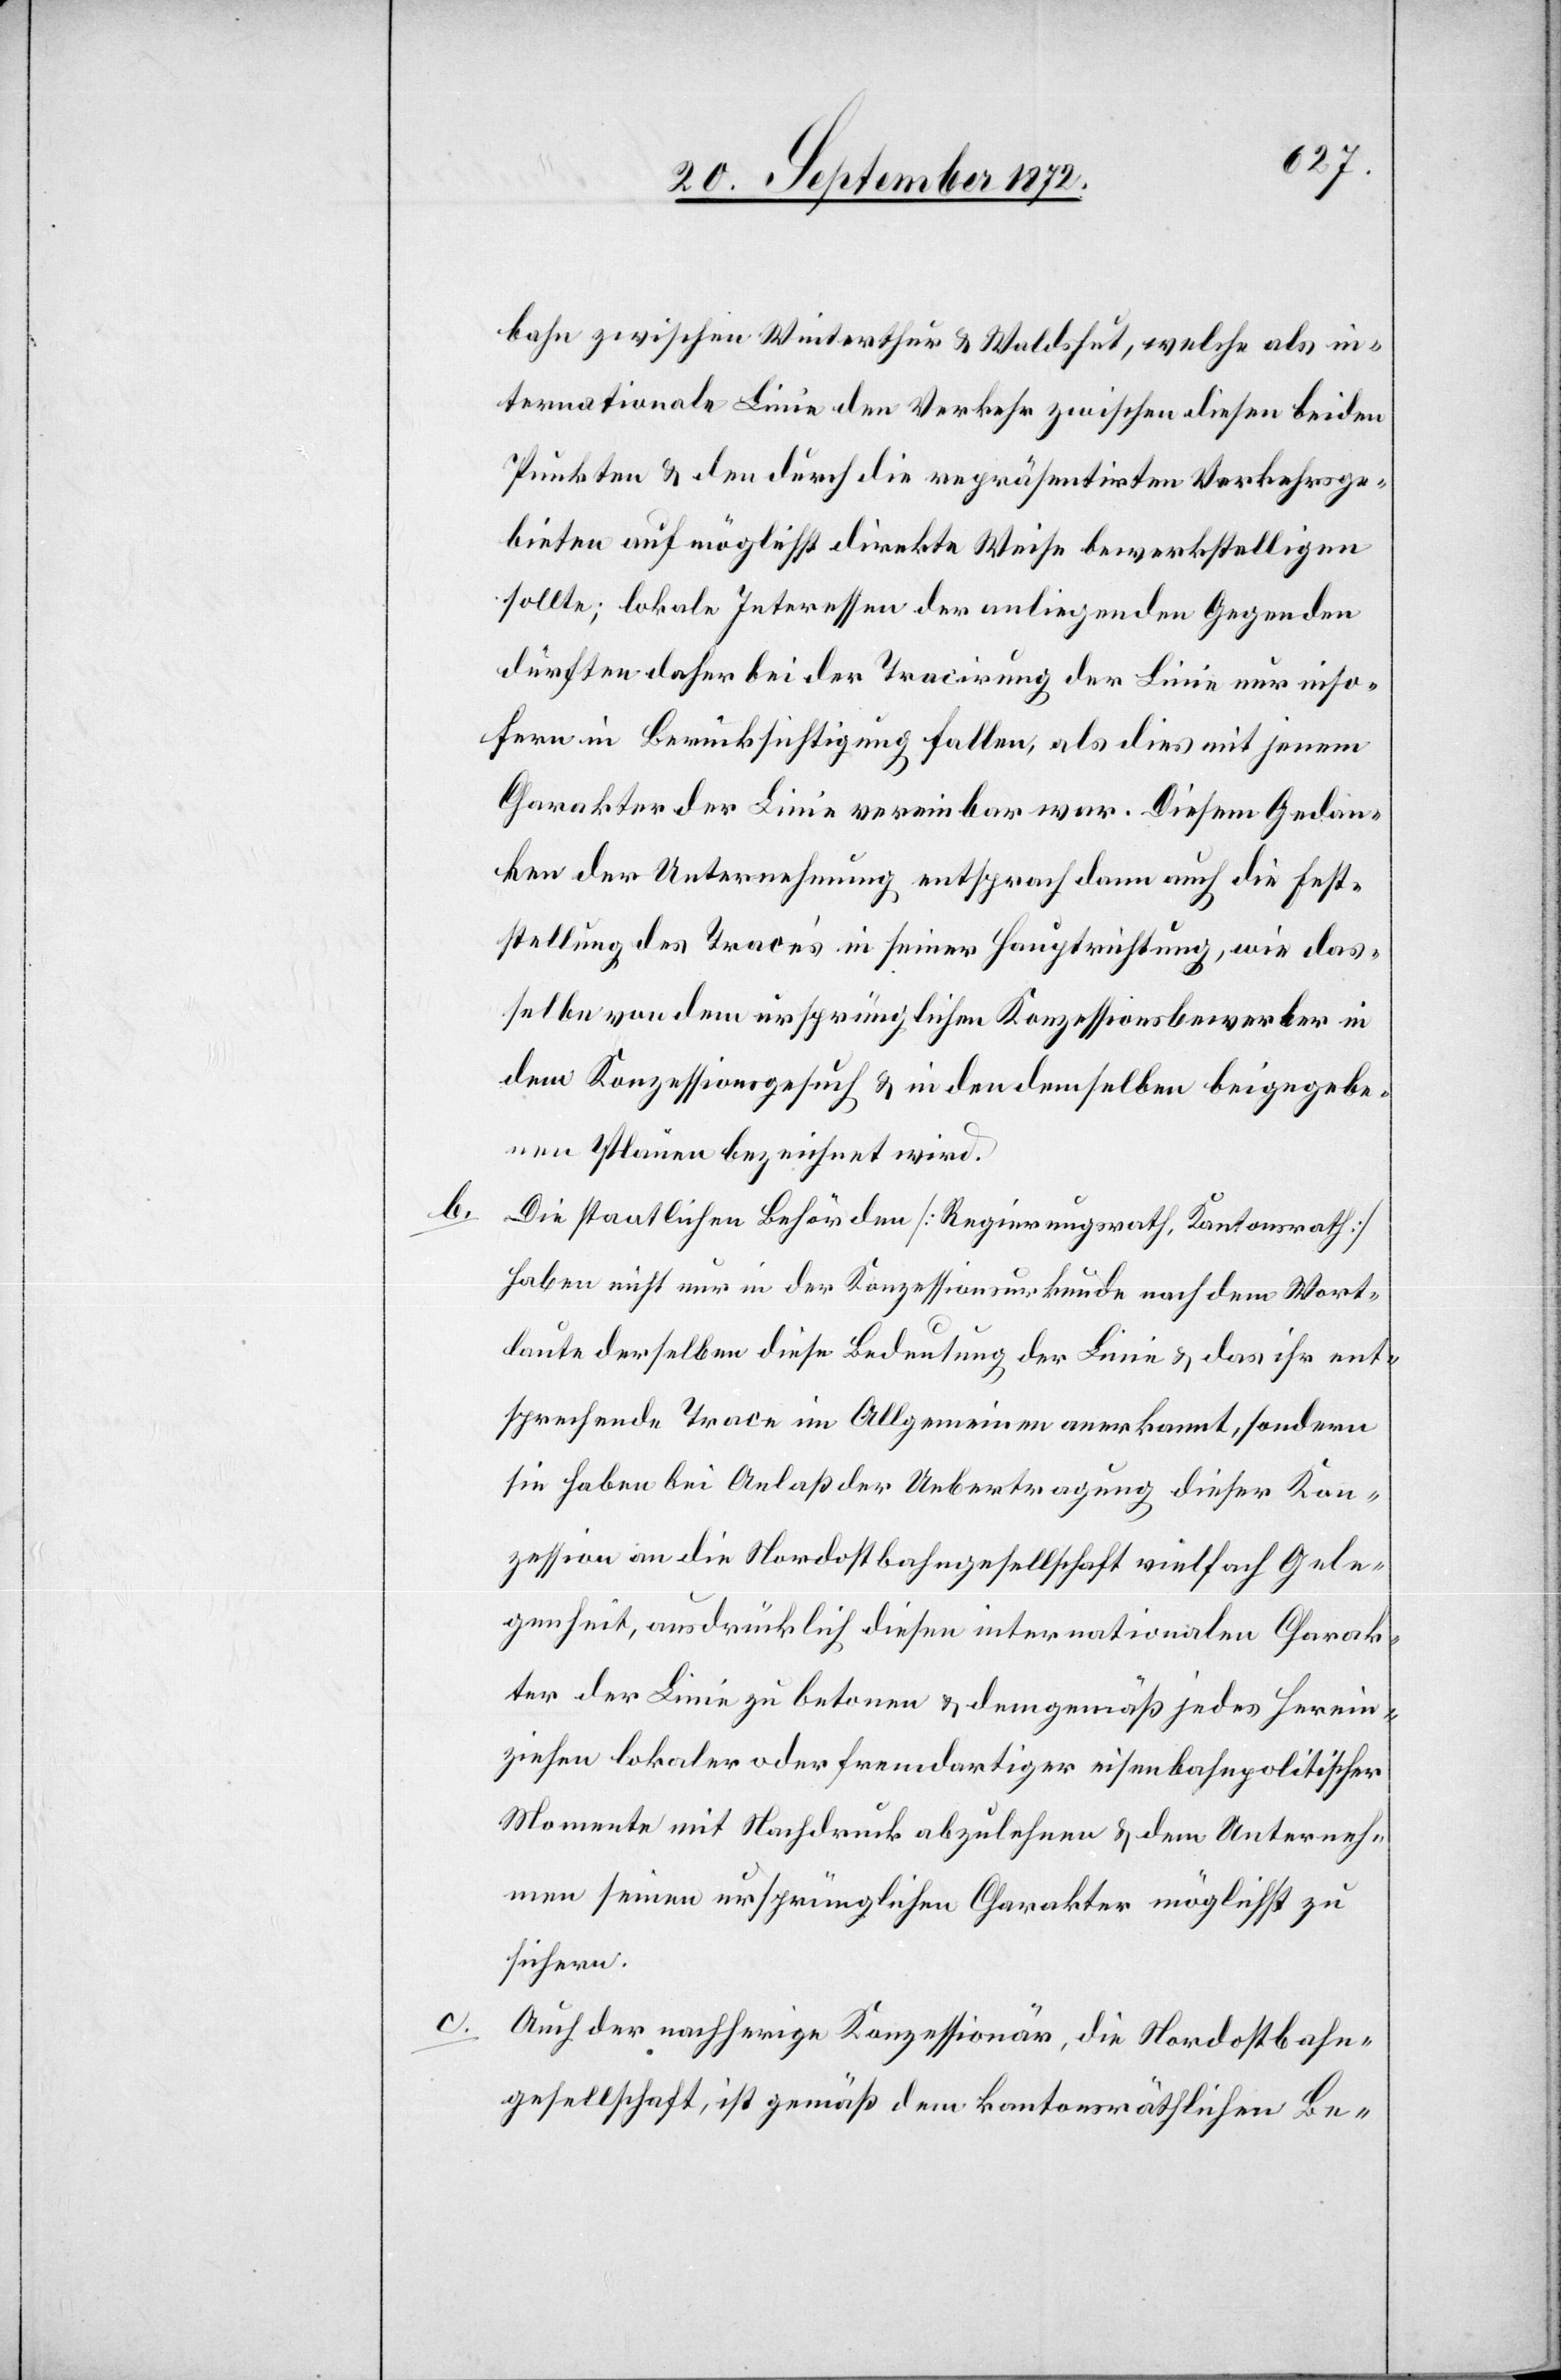
b.

bahn zwischen Winterthur u. Waldshut, welche als in¬
ternationale Linie den Verkehr zwischen diesen beiden
Punkten u. den durch die repräsentirter Verkehrsge¬
bieten auf möglichst direkte Weise bewerkstelligen
sollte; lokale Interessen der anliegenden Gegenden
dürften daher bei der Tracirung der Linie nur inso¬
fern in Berücksichtigung fallen, als dies mit jenem
Charakter der Linie vereinbar war. Diesem Gedan¬
ken der Unternehmung entsprach dann auch die Fest¬
stellung des Tracé’s in seiner Hauptrichtung wie das¬
selbe von dem ursprünglichen Konzessionsbewerber in
dem Konzessionsgesuch u. in den demselben beigegebe¬
nen Plänen bezeichnet wird.
Die staatlichen Behörden [Regierungsrath, Kantonsrath]
haben nicht nur in der Konzessionsurkunde nach dem Wort¬
laute derselben diese Bedeutung der Linie u. das ihr ent¬
sprechende Trace im Allgemeinen anerkannt, sondern
sie haben bei Anlaß der Uebertragung dieser Kon¬
zession an die Nordostbahngesellschaft vielfach Gele¬
genheit, ausdrücklich diesen internationalen Charak¬
ter der Linie zu betonen u. demgemäß jedes Herein¬
ziehen lokaler oder fremdartiger eisenbahnpolitischer
Momente mit Nachdruck abzulehnen u. dem Unterneh¬
men seinen ursprünglichen Charakter möglichst zu
sichern.
Auch der nachherige Konzessionär, die Nordostbahn¬
gesellschaft, ist gemäß dem kantonsräthlichen Be-